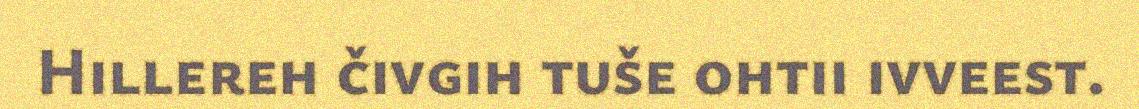
Hillereh čivgih tuše ohtii ivveest.